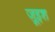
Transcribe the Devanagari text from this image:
ज़ूइश